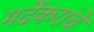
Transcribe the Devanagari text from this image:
मर्ढेकरांचे